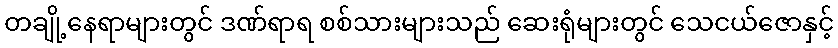
တချို့နေရာများတွင် ဒဏ်ရာရ စစ်သားများသည် ဆေးရုံများတွင် သေငယ်ဇောနှင့်